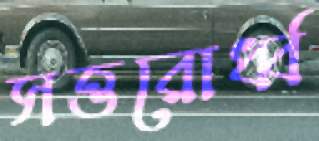
সত্তরোর্ধ্ব